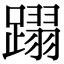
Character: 𨅵